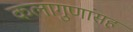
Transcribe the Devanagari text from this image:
कलागुणांसह